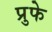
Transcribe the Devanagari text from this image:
प्रुफे